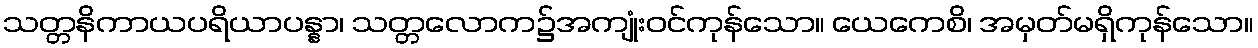
သတ္တနိကာယပရိယာပန္နာ၊ သတ္တလောက၌အကျုံးဝင်ကုန်သော။ ယေကေစိ၊ အမှတ်မရှိကုန်သော။